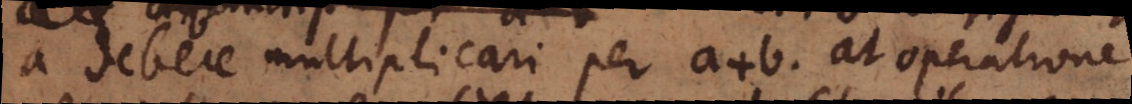
a debere multiplicari per a + b. at operatione